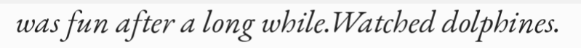
was fun after a long while.Watched dolphines.